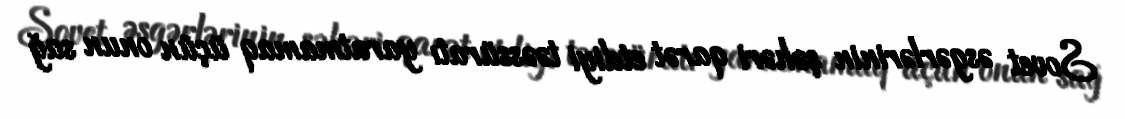
Sovet əsgərlərinin şəhəri qarət etdiyi təəssüratı yaratmamaq üçün onun sağ